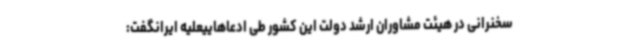
سخنرانی در هیئت مشاوران ارشد دولت این کشور طی ادعاهاییعلیه ایرانگفت: